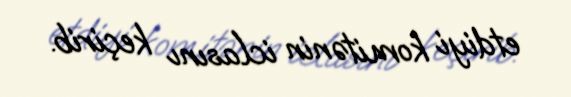
etdiyi komitənin iclasını keçirib.